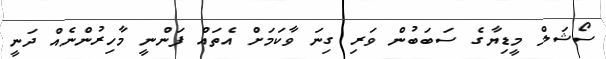
ސޯޝަލް މީޑިޔާގެ ސަބަބުން ވަރި ގިނަ ވާކަމަށް އެތައް ފަންނީ މާހިރުންނެއް ދަނީ